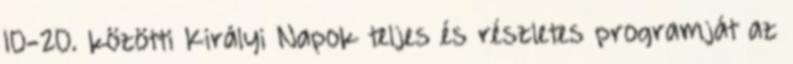
10-20. közötti Királyi Napok teljes és részletes programját az